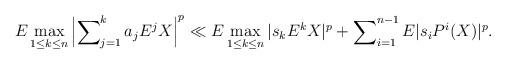
LaTeX: \begin{align*}E\max_{1\leq k\leq n}\left\vert \sum\nolimits_{j=1}^{k}a_{j}E^{j}X\right\vert^{p}\ll E\max_{1\leq k\leq n}|s_{k}E^{k}X|^{p}+\sum\nolimits_{i=1}^{n-1}E|s_{i}P^{i}(X)|^{p}.\end{align*}